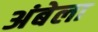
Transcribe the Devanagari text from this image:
अंबेला